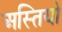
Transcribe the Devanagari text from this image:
अस्तियो